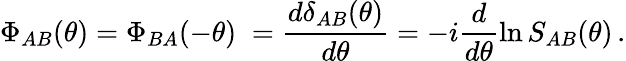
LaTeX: \Phi_{AB}(\theta)=\Phi_{BA}(-\theta)\; =\frac{d\delta_{AB}(\theta)}{d\theta}=-i\frac{d}{d\theta}\ln S_{AB}(\theta)\, .